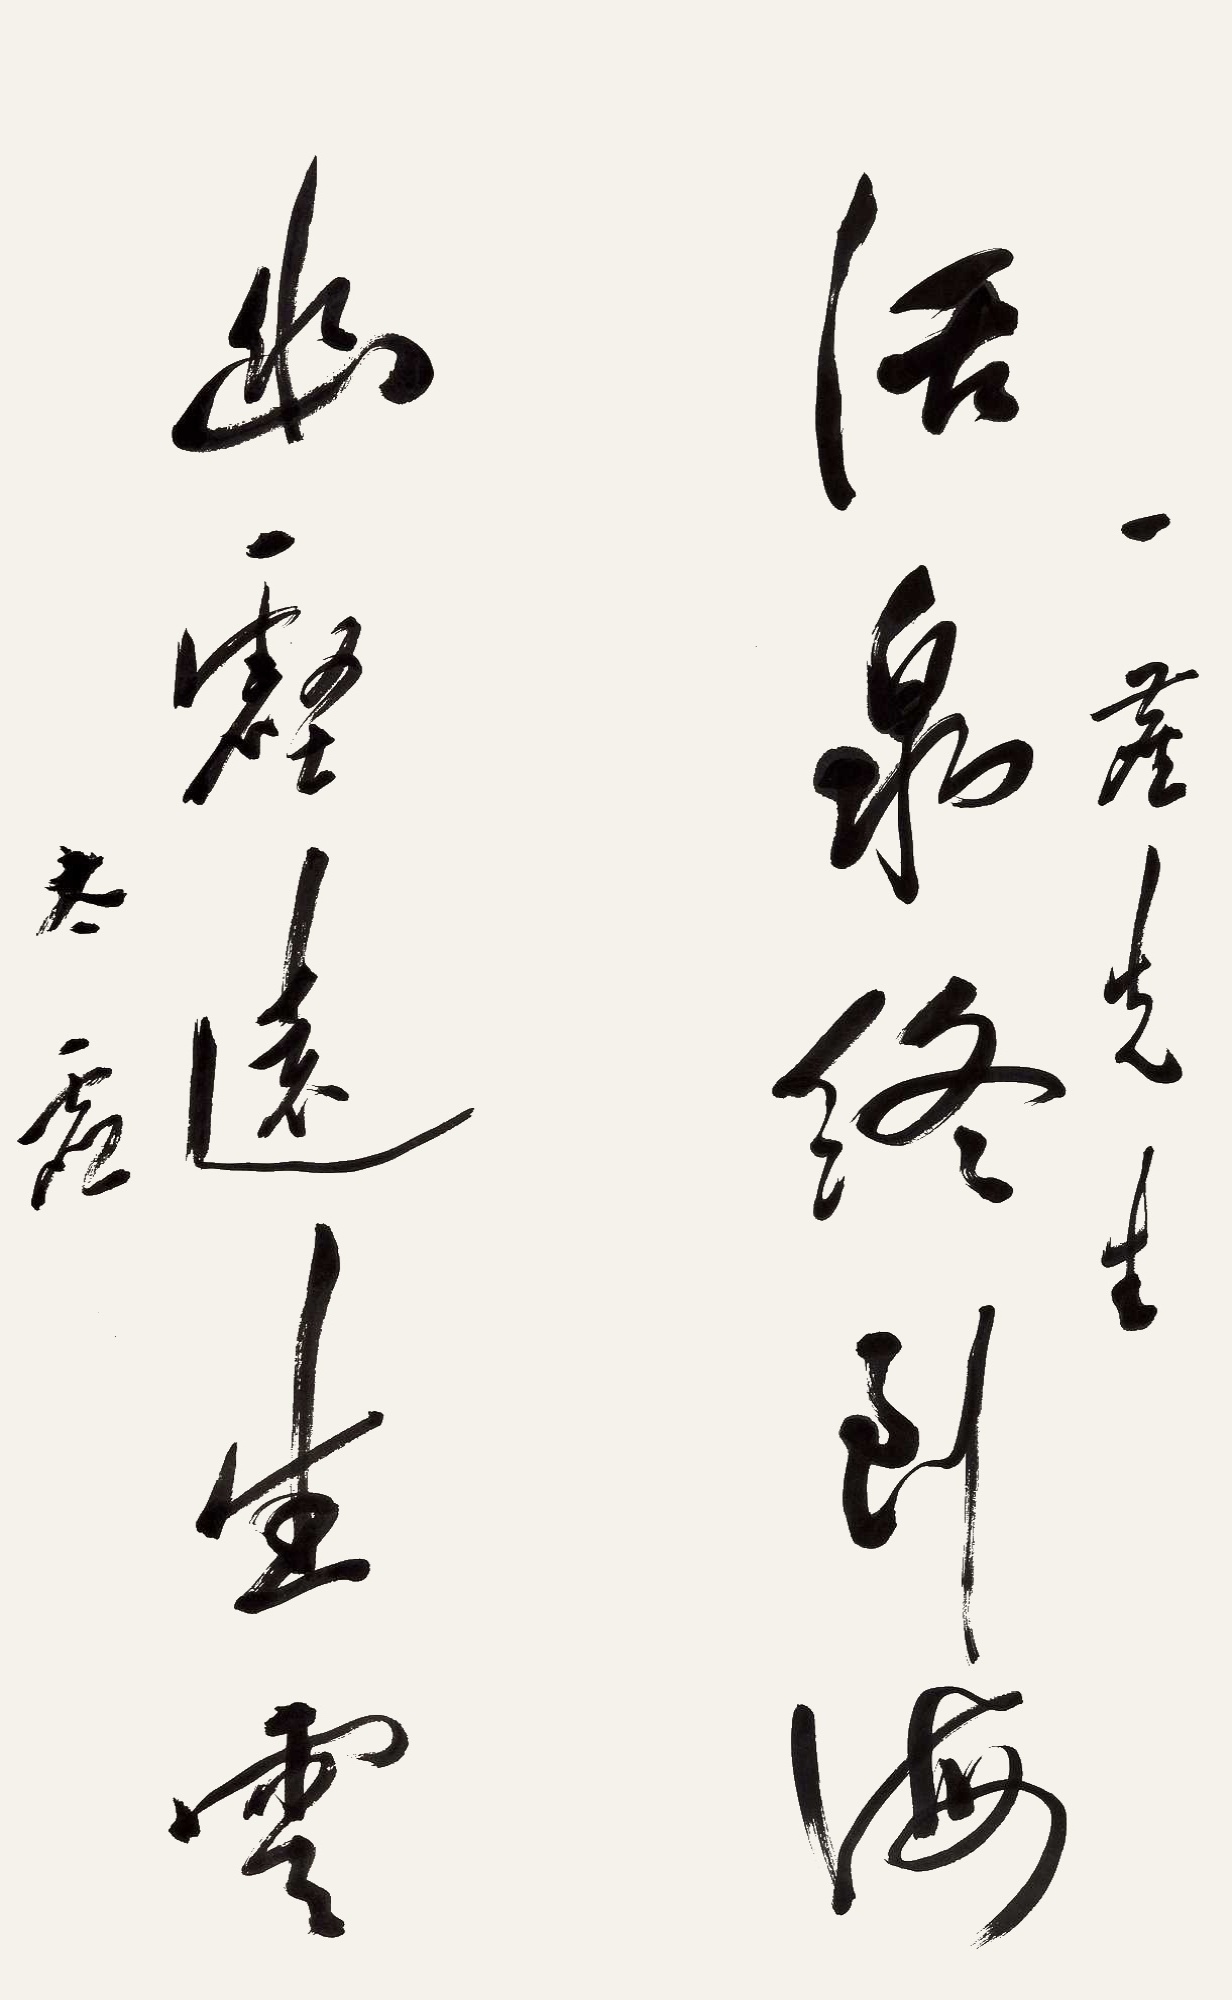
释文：活泉终到海，幽壑远生云。一尘先生，太虚。